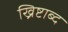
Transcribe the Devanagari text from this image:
ख्रिष्टाब्द